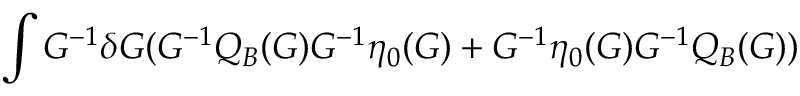
\int G ^ { - 1 } \delta G ( G ^ { - 1 } Q _ { B } ( G ) G ^ { - 1 } \eta _ { 0 } ( G ) + G ^ { - 1 } \eta _ { 0 } ( G ) G ^ { - 1 } Q _ { B } ( G ) )